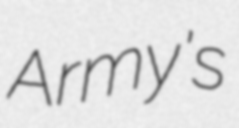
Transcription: Army's